Vital statistics of India. Vol. VI, European troops 1870-79
Year: 1870
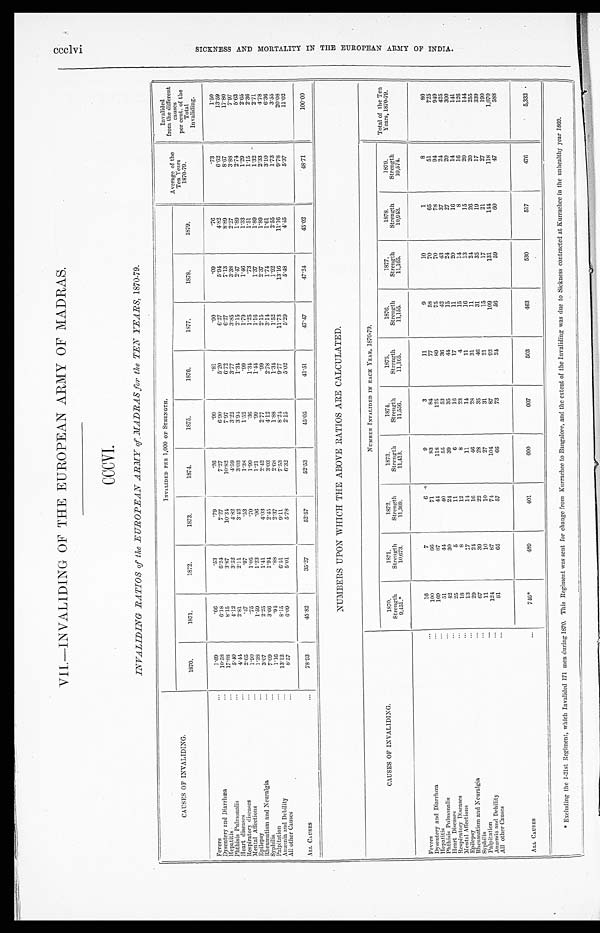
VII.—INVALIDING OF THE EUROPEAN ARMY OF MADRAS.
CCCVI.
INVALIDING RATIOS of the EUROPEAN ARMY of MADRAS for the TEN YEARS, 1870-79.
CAUSES OF INVALIDING.
INVALIDED PER 1,000 OF STRENGTH.
Average of the
Ten Years
1870-79.
Invalided
from the different
causes
per cent. of the
Total
Invaliding.
1870.
1871.
1872.
1873.
1874.
1875.
1876.
1877.
1878.
1879.
Fevers
...
1.69
. 6 6
.53
.79
.26
.99
.81
.90
.09
.76
.73
1.50
Dysentery and Diarrhœa
. . .
10.58
6.18
6.24
7.27
7.27
6.90
5.20
6.27
5.94
4 . 8 2
6.62
13.59
Hepatitis
...
1 7 . 8 8
8.15
3.87
1 0 . 3 4
10.82
7.97
6.72
6.27
7.13
8.89
8.67
17.80
Phthisis Pulmonalis
...
5.40
4.12
3 . 5 2
4 . 8 2
4 . 5 9
3.22
3.77
3.85
3.38
2.27
3.88
7.97
Heart diseases
. . .
4 . 4 4
2.81
2.11
3.42
3.03
3 . 9 4
1 . 3 4
2.15
2 . 4 7
1.89
2.74
5.63
Respiratory diseases
. . .
2.65
.47
.97
.53
1.38
1.52
.99
1.79
1.46
1.33
1.29
2.65
Mental Affections
. . .
1.90
.75
1.05
.70
1.99
.36
1 . 3 4
1.25
.73
1.51
1.15
2.36
Epilepsy
...
1 . 3 8
1.59
1.23
.96
1.21
.99
1.44
1.16
1.37
1.89
1.32
2.71
Rheumatism and Neuralgia
...
3 . 0 7
2.25
1.41
4 . 0 3
2.42
2.77
.99
2.15
2.37
1.89
2.33
4 . 7 8
Syphilis
...
7 . 0 9
3.66
1 . 9 4
2.45
3.03
4.12
2.78
3.14
1.74
1.61
3.10
6.36
Palpitation
...
1 . 1 6
. 9 4
.88
2.37
2 . 6 8
1.88
1 . 3 4
1.52
1.92
2.55
1.73
3.55
Anæmia and Debility
. . .
13.12
8.15
6.51
9.11
7.53
8.24
9.77
11.73
13.16
11.16
9.78
20.08
All other Causes
...
8 . 5 7
6 . 0 9
5.01
5 . 7 8
6.32
2.15
5.02
5.29
5 . 4 8
4 . 4 5
5.37
11.02
ALL CAUSES
...
78.93
45.82
35.27
52.57
52.53
4 5 . 0 5
41.51
4 7 . 4 7
47.24
45.02
48.71
100.00
NUMBERS UPON WHICH THE ABOVE RATIOS ARE CALCULATED.
CAUSES OF INVALIDING.
NUMBER INVALIDED IN EACH YEAR, 1870-79.
Total of the Ten
Years, 1870-79.
1870.
Strength
9, 451. *
1 8 7 1 .
Strength
10,673.
1872.
Strength
11,369.
1873.
Strength
11,413.
1874.
Strength
11,556.
1875.
Strength
11,165.
1876.
Strength
11,155.
1877.
Strength
11,165.
1878.
Strength
10,943.
1879.
Strength
10,574.
Fevers
. . .
1 6
7
6
9
3
11
9
10
1
8
80
Dysentery and Diarrhœa
. . .
100
66
71
83
84
77
58
70
65
51
725
H e p a t i t i s
...
169
87
4 4
118
125
89
75
70
78
94
949
Phthisis Pulmonalis
...
51
44
4 0
55
53
36
42
43
37
24
425
Heart Diseases
. . .
42
30
24
39
35
44
15
24
27
20
300
Respiratory Diseases
...
25
5
11
6
16
17
11
20
16
14
141
Mental Affections
...
1 8
8
12
8
23
4
15
14
8
16
126
Epilepsy
...
13
17
14
11
14
11
16
13
15
20
144
Rheumatism and Neuralgia
. . .
2 9
24
16
46
28
31
11
24
26
20
255
Syphilis
...
6 7
39
22
28
35
46
31
35
19
17
339
Palpitation
...
11
10
10
27
31
21
15
17
21
27
190
Anæmia and Debility
. . .
124
87
74
104
87
92
109
131
144
118
1,070
All other Causes
...
8 1
65
57
66
73
2 4
56
59
60
47
588
ALL CAUSES
. . .
7 4 6 *
489
401
600
607
503
463
530
517
476
5,332
* Excluding the 1-21st Regiment, which Invalided 171 men during 1870. This Regiment was sent for change from Kurrachee to Bangalore, and the extent of the Invaliding was due to Sickness contracted at Kurrachee in the unhealthy year 1869.
ccclvi S I C K N E S S A N D M O R T A L I T Y I N T H E E U R O P E A N A R M Y O F I N D I A .